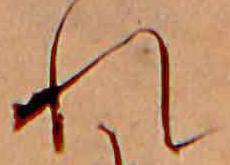
れ